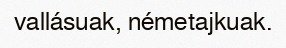
vallásuak, németajkuak.